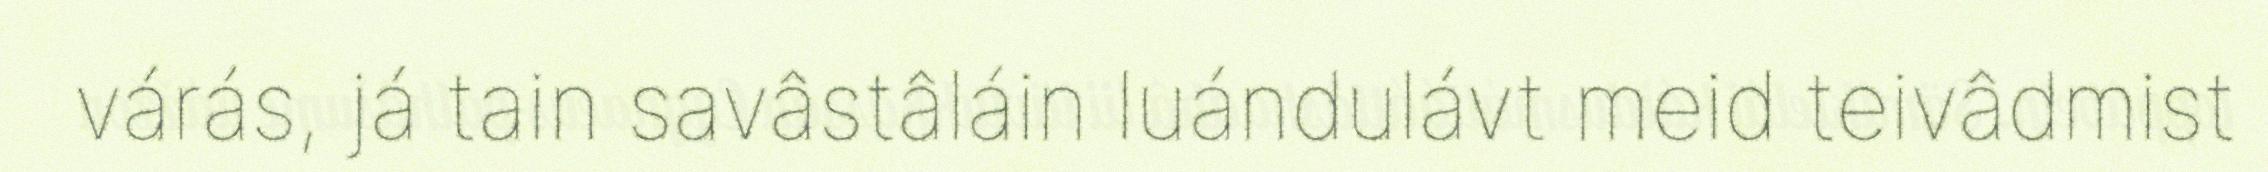
várás, já tain savâstâláin luándulávt meid teivâdmist